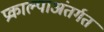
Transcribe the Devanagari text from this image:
प्रकाल्पाअंतर्गत